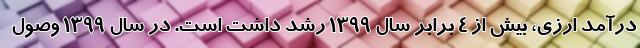
درآمد ارزی، بیش از 4 برابر سال 1399 رشد داشت است. در سال 1399 وصول